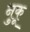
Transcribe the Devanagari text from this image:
नुकू